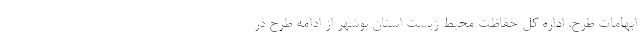
ابهامات طرح، اداره کل حفاظت محیط زیست استان بوشهر از ادامه طرح در